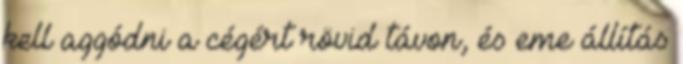
kell aggódni a cégért rövid távon, és eme állítás